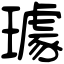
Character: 璩